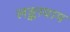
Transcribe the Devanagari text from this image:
लङ्कायाम